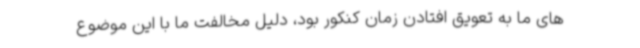
های ما به تعویق افتادن زمان کنکور بود، دلیل مخالفت ما با این موضوع